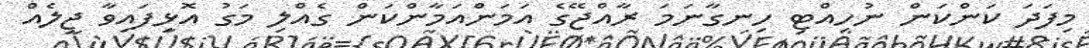
މިފަދަ ކަންކަން ނުހިއްޓި ހިނގާނަމަ ރާއްޖޭގެ އަމަންއަމާންކަން ގެއްލި މަގު އޮޅިފައިވާ ޖީލެއް